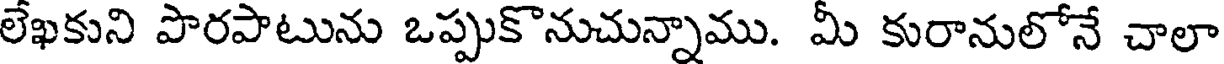
లేఖకుని పొరపాటును ఒప్పుకొనుచున్నాము. మీ కురానులోనే చాలా